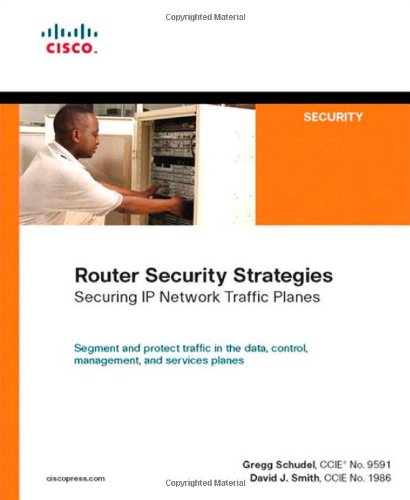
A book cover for Router Security Strategies: Securing IP Network Traffic Planes; Gregg Schudel; Computers & Technology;